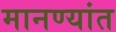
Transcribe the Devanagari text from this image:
मानण्यांत